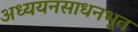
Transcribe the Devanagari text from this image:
अध्ययनसाधनभूत